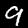
Digit: 9